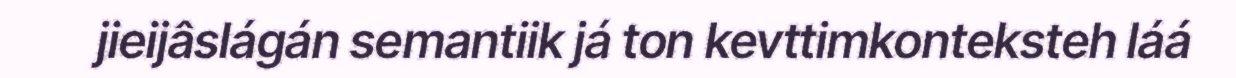
jieijâslágán semantiik já ton kevttimkonteksteh láá